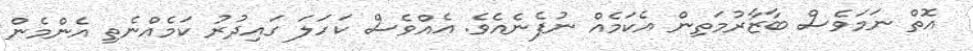
އޮތް ނަމަވެސް ބާޒާރުމަތިން އެކަމެއް ނުފެނެއެވެ. އެއްވެސް ކަހަލަ ގައިދުރު ކަމެއްނެތި އެންމެން